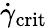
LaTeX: \dot{\gamma}_{\mathrm{crit}}